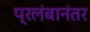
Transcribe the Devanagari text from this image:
प्रलंबानंतर